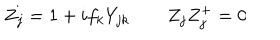
Z _ { j } = 1 + i f _ { k } Y _ { j k } \qquad Z _ { j } Z _ { j } ^ { + } = 0